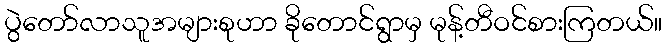
ပွဲတော်လာသူအများစုဟာ ခိုတောင်ရွာမှ မုန့်တီဝင်စားကြတယ်။